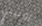
روتيني